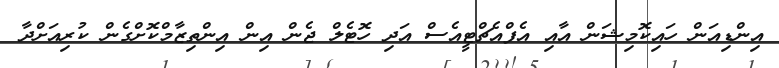
އިންޑިއަން ހައިކޮމިޝަން އާއި އެފްއެޗްޓީއެސް އަދި ހޮޓެލް ޖެން އިން އިންތިޒާމްކޮށްގެން ކުރިއަށްދާ